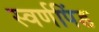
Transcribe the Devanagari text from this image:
स्वर्णपिंड